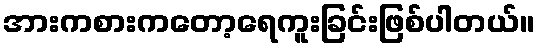
အားကစားကတော့ရေကူးခြင်းဖြစ်ပါတယ်။